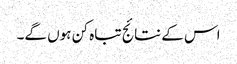
اس کے نتائج تباہ کن ہوں گے۔